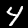
Label: 4